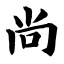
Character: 尚